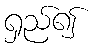
ရှည်၍